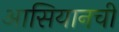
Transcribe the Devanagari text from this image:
आसियानची